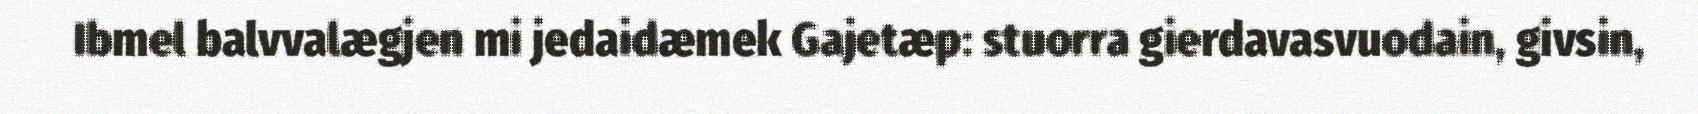
Ibmel balvvalægjen mi jedaidæmek Gajetæp: stuorra gierdavasvuodain, givsin,